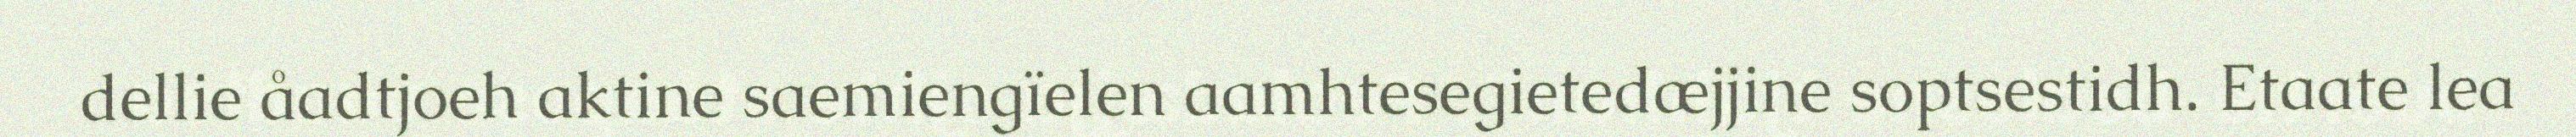
dellie åadtjoeh aktine saemiengïelen aamhtesegietedæjjine soptsestidh. Etaate lea